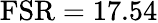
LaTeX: \mathrm{FSR}=17.54